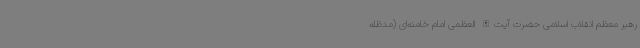
رهبر معظم انقلاب اسلامی حضرت آیت‌الله العظمی امام خامنه‌ای (مدظله